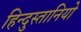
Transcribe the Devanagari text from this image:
हिन्दुस्तानियो